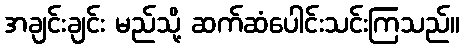
အချင်းချင်း မည်သို့ ဆက်ဆံပေါင်းသင်းကြသည်။